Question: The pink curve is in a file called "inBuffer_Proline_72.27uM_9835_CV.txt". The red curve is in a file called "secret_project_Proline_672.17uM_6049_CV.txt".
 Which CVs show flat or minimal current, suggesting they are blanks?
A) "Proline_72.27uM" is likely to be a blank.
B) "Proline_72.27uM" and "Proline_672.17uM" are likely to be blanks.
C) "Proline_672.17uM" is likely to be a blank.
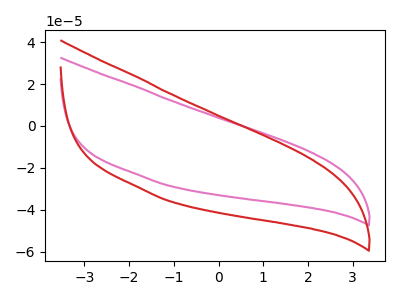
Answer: <think>The pink curve "Proline_72.27uM" has no peaks. The red curve "Proline_672.17uM" has no peaks.</think>
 <answer>B) "Proline_72.27uM" and "Proline_672.17uM" are likely to be blanks.</answer>
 <eval>B</eval>